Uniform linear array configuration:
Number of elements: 8
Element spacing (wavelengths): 1
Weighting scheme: uniform
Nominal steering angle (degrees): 15
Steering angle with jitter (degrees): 15.21
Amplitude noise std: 0.05
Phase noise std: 0.05

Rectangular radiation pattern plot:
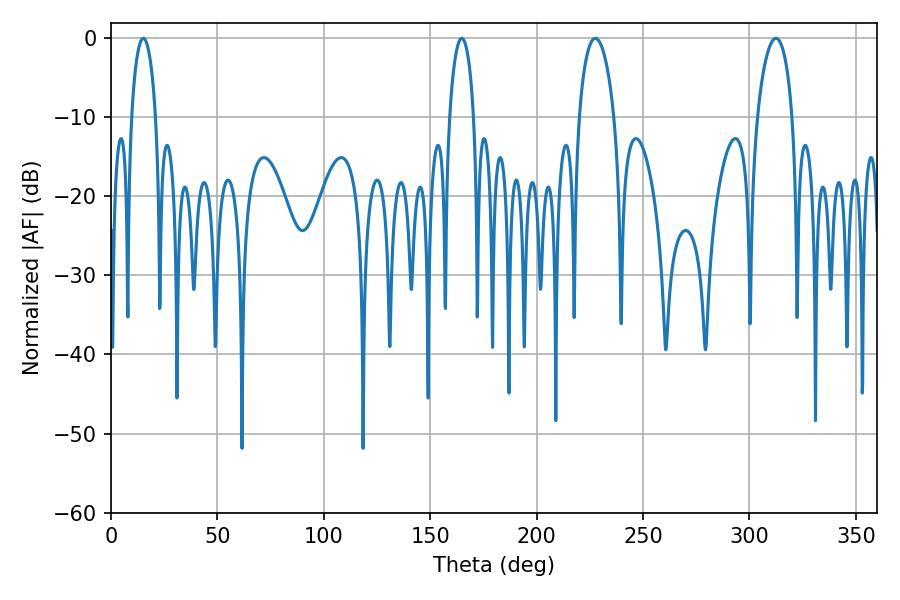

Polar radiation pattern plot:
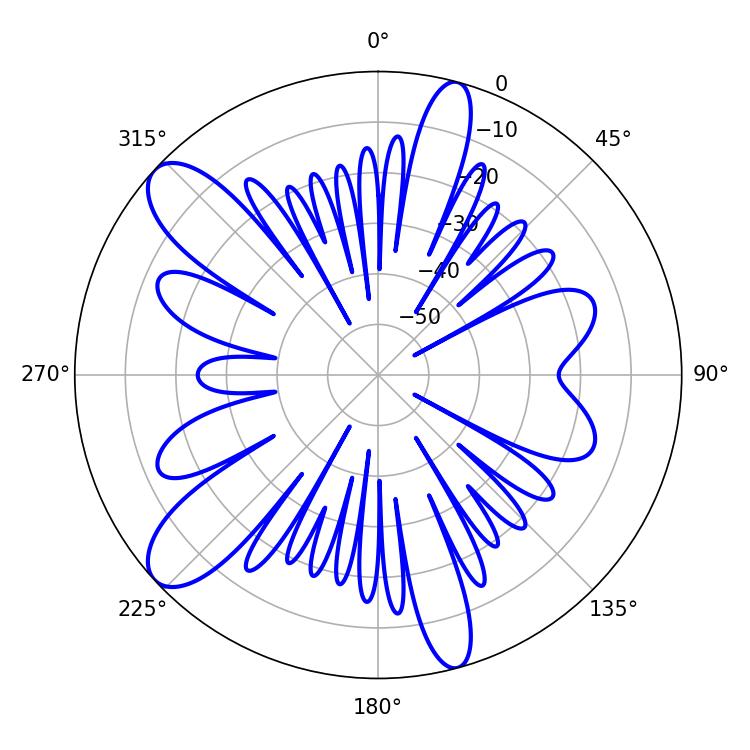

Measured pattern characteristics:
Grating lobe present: TRUE
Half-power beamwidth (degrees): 9.54
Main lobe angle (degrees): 227.52